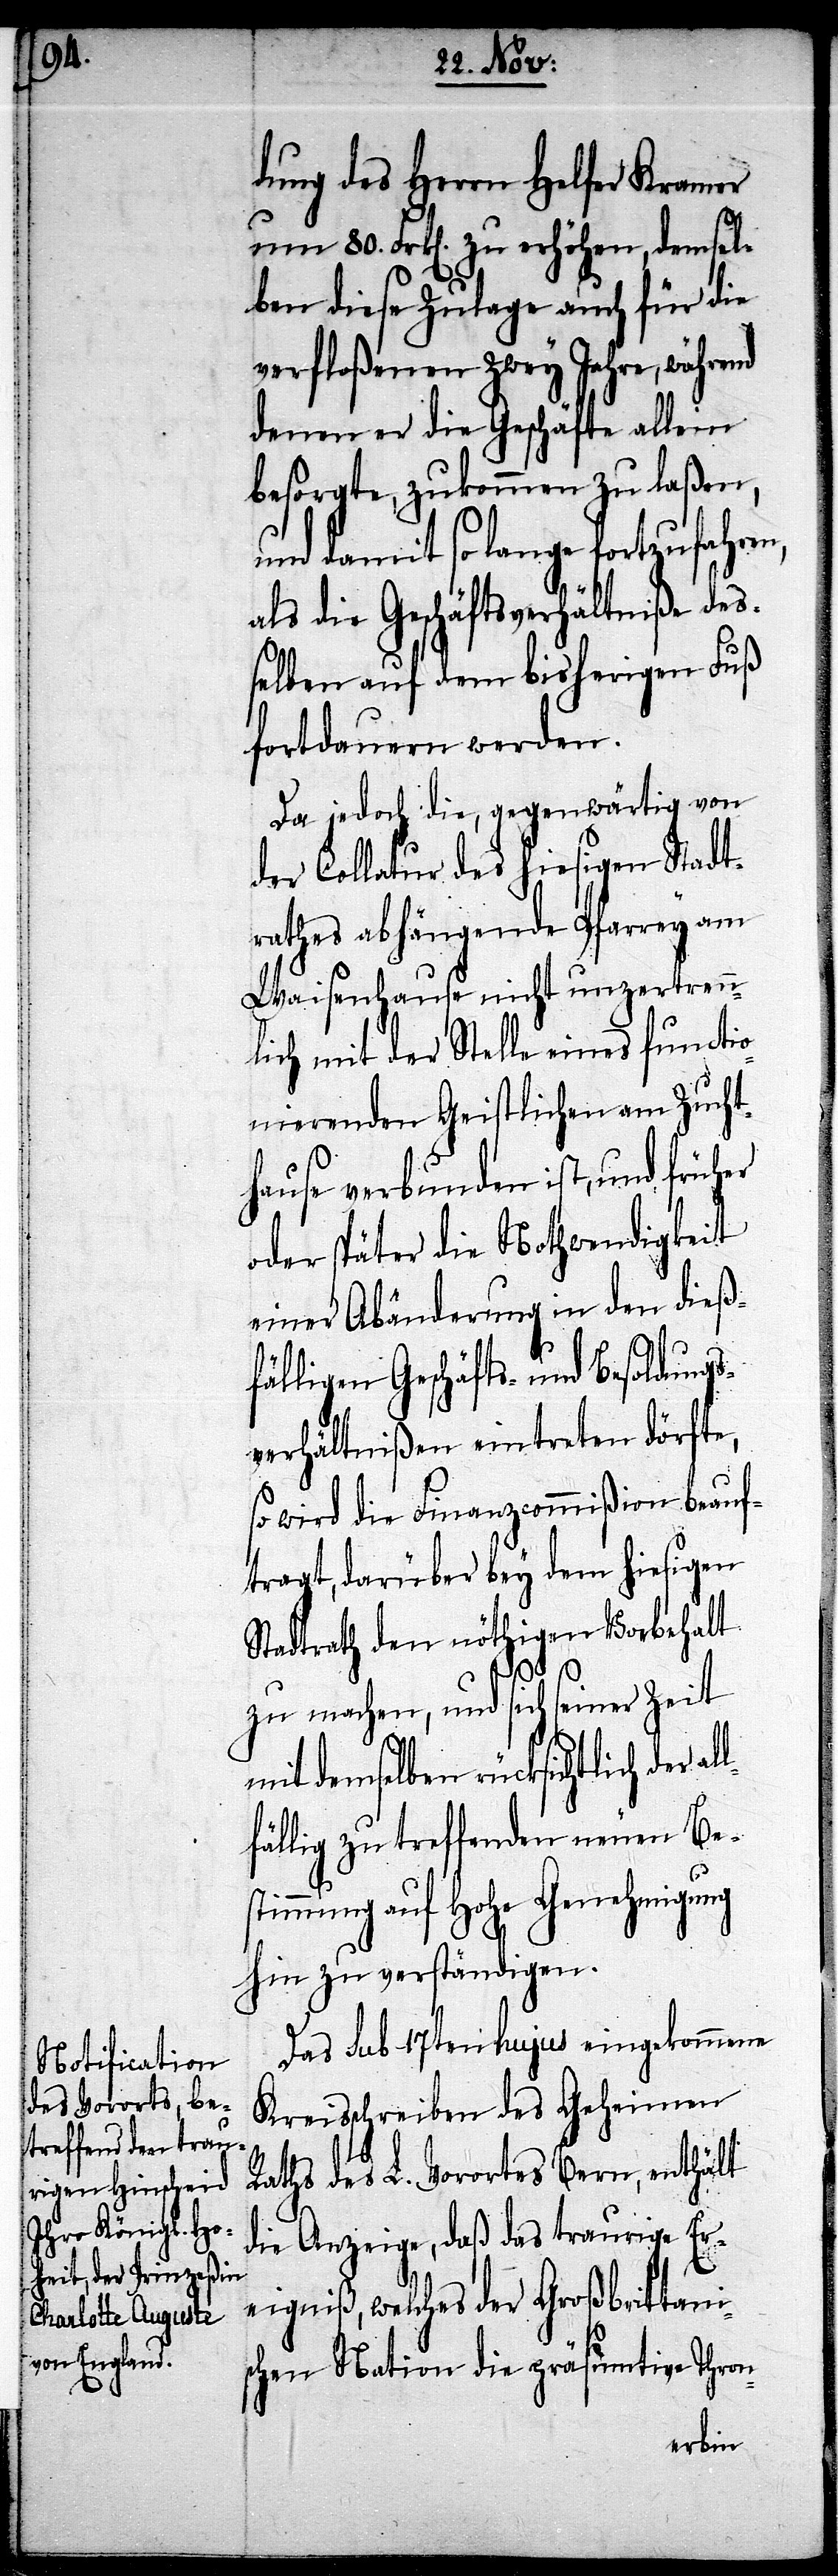
llfä¬

dung des Herrn Helfer Kramer
80. Frk[en]. zu erhöhen, demsel¬
ben diese Zusage auch für die
verfloßenen zwey Jahre, während
denen er die Geschäfte allein
besorgte, zukommen zu laßen,
und damit so lange fortzufahren,
als die Geschäftsverhältniße des¬
selben auf dem bisherigen Fuß
fortdauern werden.
Da jedoch die, gegenwärtig von
der Collatur des hiesigen Stadt¬
rathes abhängende Pfarrey am
Waisenhause nicht unzertrenn¬
lich mit der Stelle eines functio¬
nierenden Geistlichen am Zucht¬
hause verbunden ist, und früher
oder später die Nothwendigkeit
einer Abänderung in den dieß¬
fälligen Geschäfts- und Besoldungs¬
verhältnißen eintreten dörfte,
so wird die Finanzcommißion beauf¬
tragt, darüber bey dem hiesigen
Stadtrath den nöthigen Vorbehalt
zu machen, und sich seiner Zeit
mit demselben rücksichtlich der a¬
lllig zu treffenden neuen Bes¬
timmung auf Hohe Genehmigung
hin zu verständigen.
Das sub 17ten hujus eingekommene
Kreisschreiben des Geheimen
Raths des L. Vorortes Bern, enthält
die Anzeige, daß das traurige Er¬
eigniß welches der Großbrittani¬
schen Nation die präsumtive Thron-